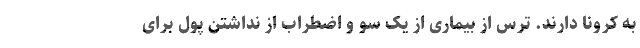
به کرونا دارند. ترس از بیماری از یک‌ سو و اضطراب از نداشتن پول برای